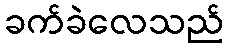
ခက်ခဲလေသည်